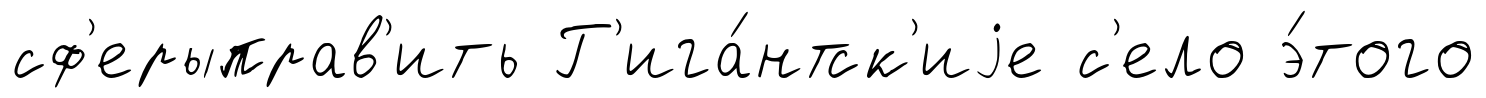
сф'ерыправ'ить Г'ига́нтск'иjе с'ело э́того